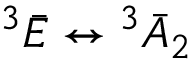
^ { 3 } \bar { E } \leftrightarrow { ^ { 3 } \bar { A } _ { 2 } }